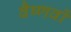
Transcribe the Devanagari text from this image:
वैष्‍णवों